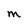
Character: M